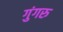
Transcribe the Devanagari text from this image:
गुंगरु